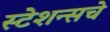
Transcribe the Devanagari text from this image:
स्टेशन्सचे